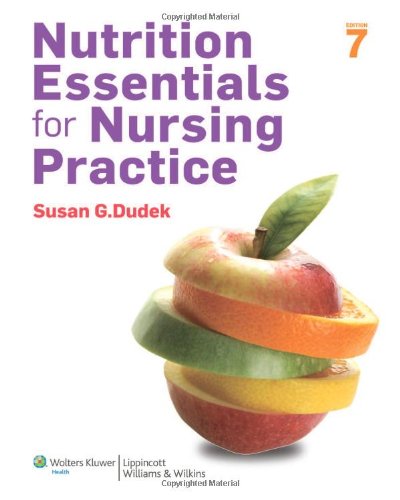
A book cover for Nutrition Essentials for Nursing Practice, 7th Edition; Susan G. Dudek; Medical Books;